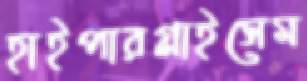
হাইপারগ্লাইসেম